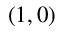
( 1 , 0 )